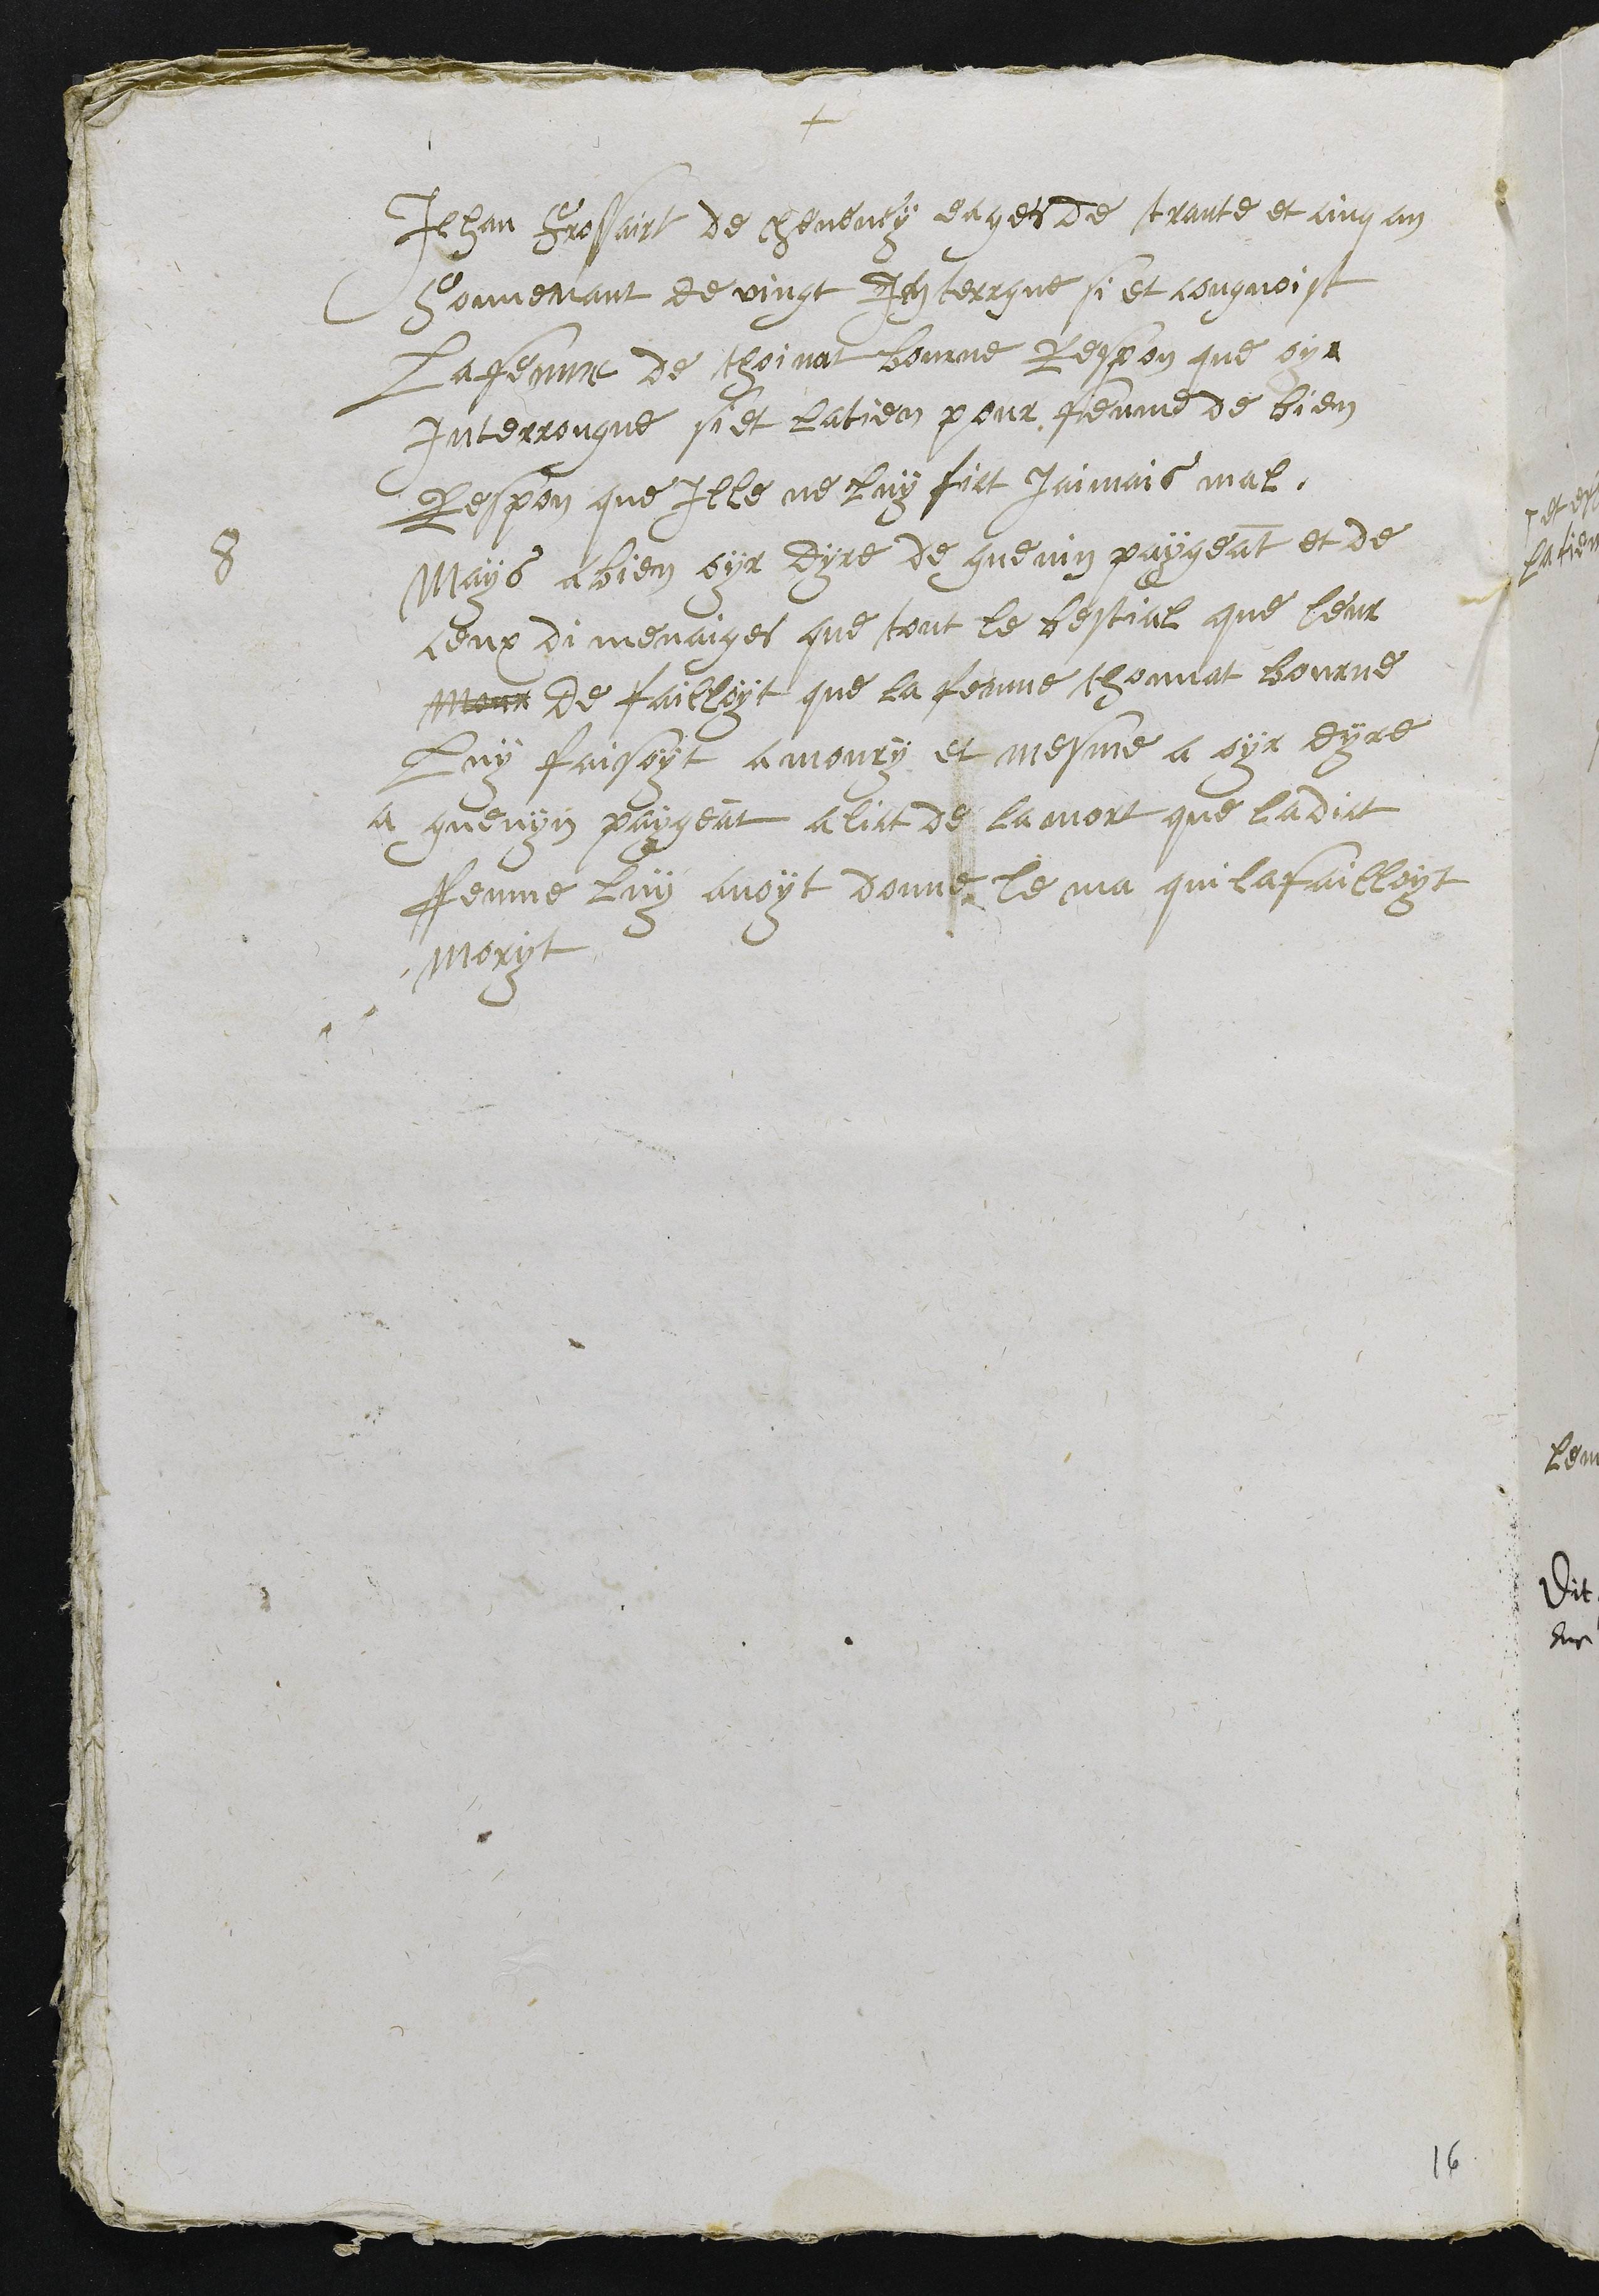
+
8
Jehan Frossairt de cheveney eages de trante et cinq an
souvenant de vingt Interrogue si et cougnoist
La fenme de thoinat bourne Respon que oy
Interrongue si et latien pour fenme de bien
Respon que Ille ne luy fict jaimais mal,
Mays a bien oyr dyre de guenin paygeant et de
ceux di menaiges que tout le bestial que leur
mour de failloyt que la fenme thonnat Bourne
luy faisoyt a moury et mesme a oyr dyre
a guenyn paygeant a lict de la mort que ladict
fenme luy avoyt donne le ma qui la failloyt
Moryt.

16